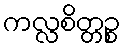
ကလ္လစိတ္တဉ္စ